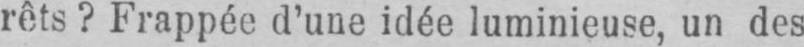
rêts? Frappée d’une idée luminieuse, un des